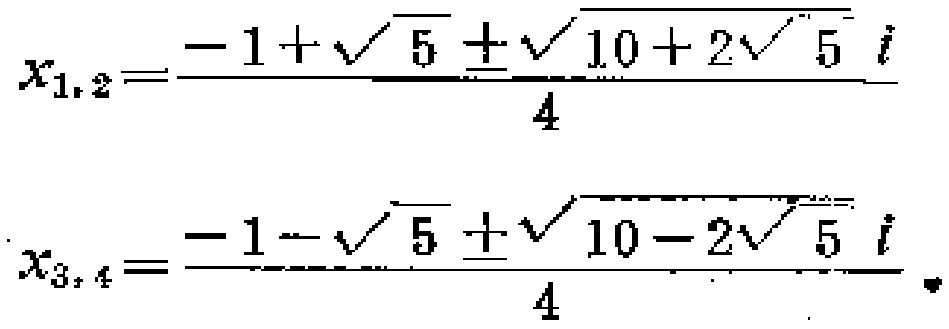
\[

x_{1,2}=\frac{-1 + \sqrt{5} \pm \sqrt{10 + 2\sqrt{5}}i}{4}

\]

\[

x_{3,4}=\frac{-1 - \sqrt{5} \pm \sqrt{10 - 2\sqrt{5}}i}{4}

\]